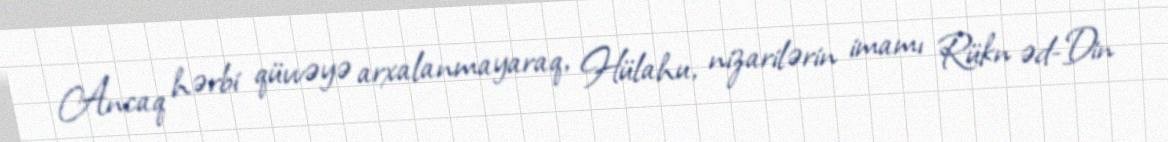
Ancaq hərbi qüvvəyə arxalanmayaraq, Hülahu, nizarilərin imamı Rükn əd-Din